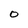
Character: O